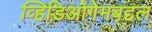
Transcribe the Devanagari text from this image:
व्हिडिओगेमबद्दल